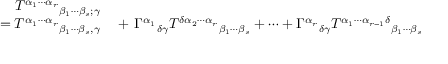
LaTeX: \begin{array} { r l } { T ^ { \alpha _ { 1 } \cdots \alpha _ { r } } { } _ { \beta _ { 1 } \cdots \beta _ { s } ; \gamma } } & { { } } \\ { = T ^ { \alpha _ { 1 } \cdots \alpha _ { r } } { } _ { \beta _ { 1 } \cdots \beta _ { s } , \gamma } } & { { } + \, \Gamma ^ { \alpha _ { 1 } } { } _ { \delta \gamma } T ^ { \delta \alpha _ { 2 } \cdots \alpha _ { r } } { } _ { \beta _ { 1 } \cdots \beta _ { s } } + \cdots + \Gamma ^ { \alpha _ { r } } { } _ { \delta \gamma } T ^ { \alpha _ { 1 } \cdots \alpha _ { r - 1 } \delta } { } _ { \beta _ { 1 } \cdots \beta _ { s } } } \end{array}